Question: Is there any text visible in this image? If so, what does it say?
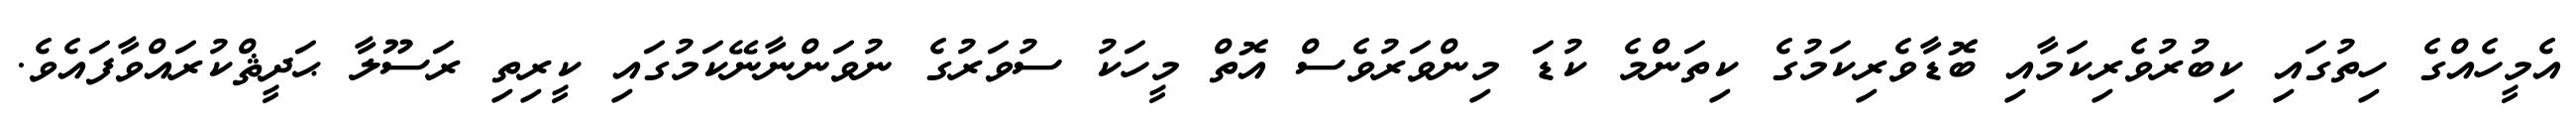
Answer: އެމީހެއްގެ ހިތުގައި ކިބުރުވެރިކަމާއި ބޮޑާވެރިކަމުގެ ކިތަންމެ ކުޑަ މިންވަރުވެސް އޮތް މީހަކު ސުވަރުގެ ނުވަންނާނޭކަމުގައި ކީރިތި ރަސޫލާ ޙަދީޘްކުރައްވާފައެވެ.